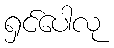
ရှင်ပေါလု